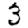
Digit: 3